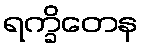
ရက္ခိတေန